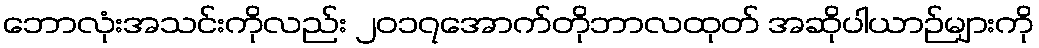
ဘောလုံးအသင်းကိုလည်း ၂၀၁၇အောက်တိုဘာလထုတ် အဆိုပါယာဉ်များကို